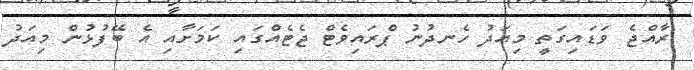
ރާއްޖެ ވަޑައިގަތީ މިއަދު ހެނދުނު ޕްރައިވެޓް ޖެޓެއްގައި ކަމަށާއި އެ ބޭފުޅުން މިއަދު